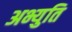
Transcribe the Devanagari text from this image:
अभ्युति